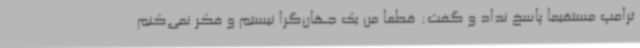
ترامپ مستقیما پاسخ نداد و گفت: قطعا من یک جهان‌گرا نیستم و فکر نمی‌کنم